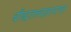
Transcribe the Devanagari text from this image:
बौद्धतत्त्वज्ञानाचा